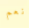
نعم